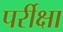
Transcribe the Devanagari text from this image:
पर्रीक्षा